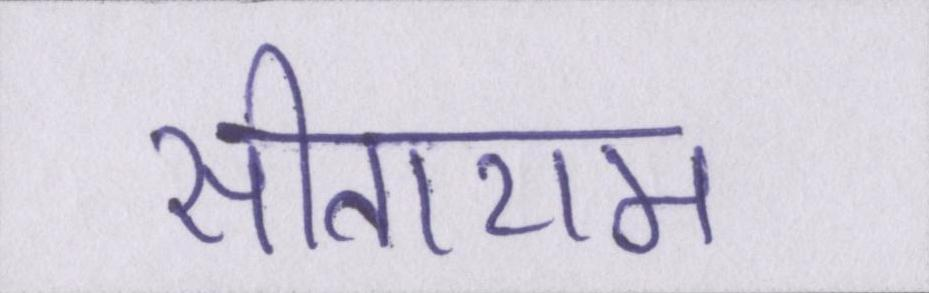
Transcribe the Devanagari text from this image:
सीताराम